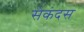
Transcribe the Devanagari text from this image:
सेकंदस